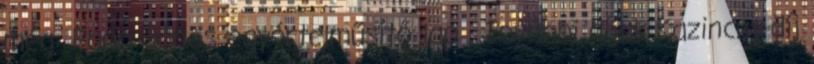
még: Papp János egyértelműsítő lap . További díjak Kazinczy-díj